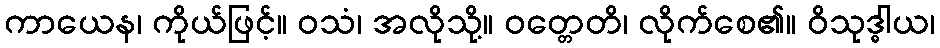
ကာယေန၊ ကိုယ်ဖြင့်။ ဝသံ၊ အလိုသို့။ ဝတ္တေတိ၊ လိုက်စေ၏။ ဝိသုဒ္ဓါယ၊